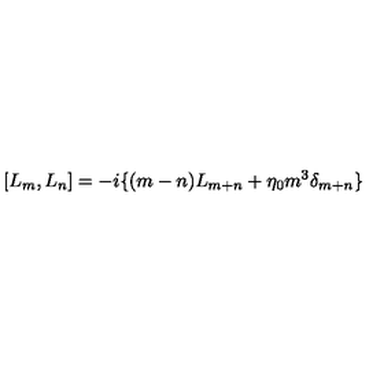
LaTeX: [ L _ { m } , L _ { n } ] = - i \{ ( m - n ) L _ { m + n } + \eta _ { 0 } m ^ { 3 } \delta _ { m + n } \}